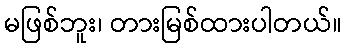
မဖြစ်ဘူး၊ တားမြစ်ထားပါတယ်။